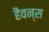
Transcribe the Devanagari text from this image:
हैवन्स